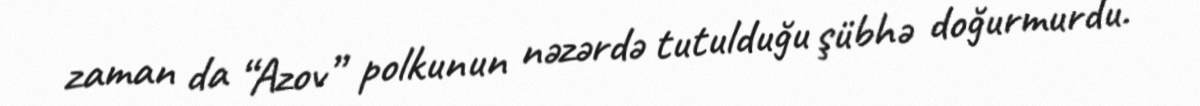
zaman da “Azov” polkunun nəzərdə tutulduğu şübhə doğurmurdu.